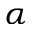
\alpha